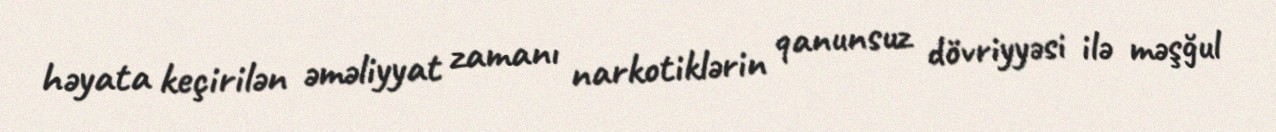
həyata keçirilən əməliyyat zamanı narkotiklərin qanunsuz dövriyyəsi ilə məşğul